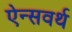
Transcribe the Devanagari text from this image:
ऐन्सवर्थ